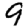
Digit: 9